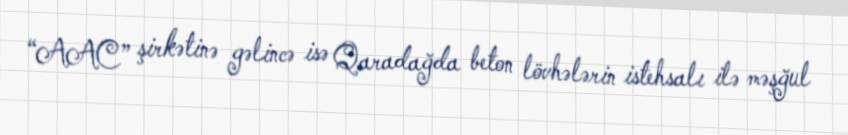
“AAC” şirkətinə gəlincə isə Qaradağda beton lövhələrin istehsalı ilə məşğul